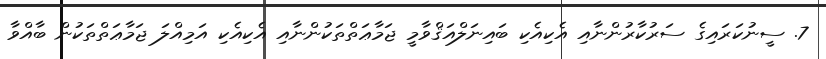
7. ސީނުކަރައިގެ ސަރުކާރުންނާއި އެކިއެކި ބައިނަލްއަޤްވާމީ ޖަމާޢަތްތަކުންނާއި އެކިއެކި އަމިއްލަ ޖަމާޢަތްތަކުން ބާއްވާ